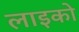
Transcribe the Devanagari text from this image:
लाइको